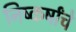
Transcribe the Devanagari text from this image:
निष्कर्षांचे